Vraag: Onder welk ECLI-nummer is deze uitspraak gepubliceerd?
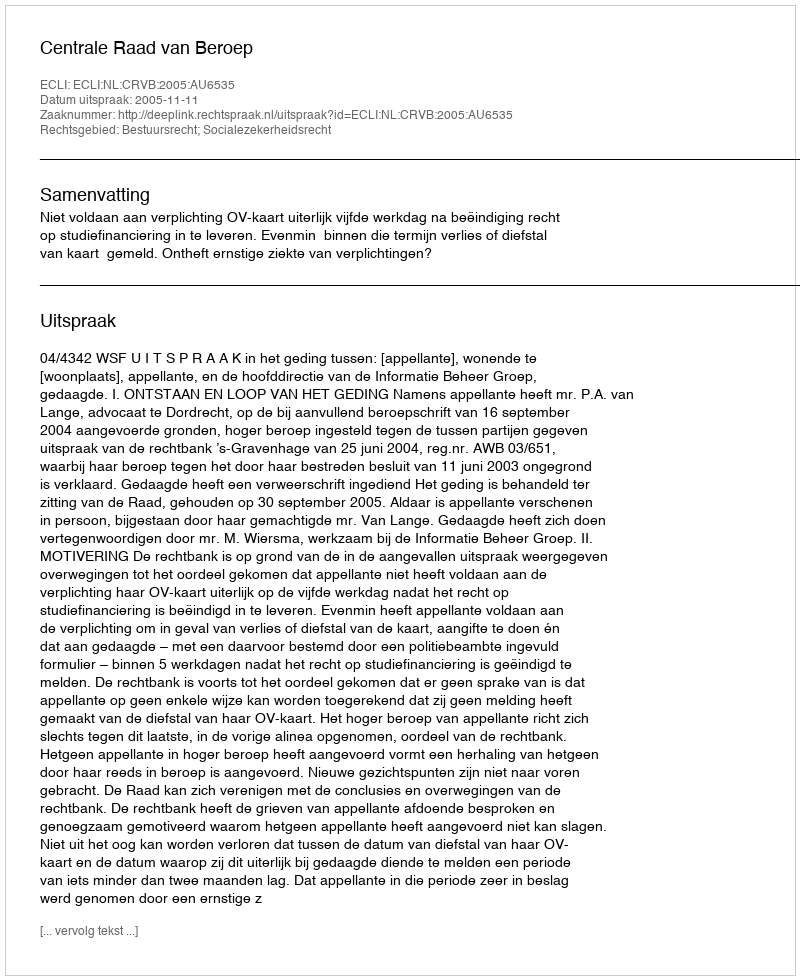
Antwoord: ECLI:NL:CRVB:2005:AU6535